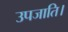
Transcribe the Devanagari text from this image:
उपजाति।